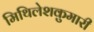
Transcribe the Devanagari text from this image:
मिथिलेशकुमारी